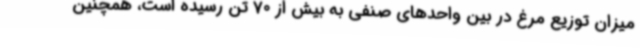
میزان توزیع مرغ در بین واحدهای صنفی به بیش از 70 تن رسیده است، همچنین